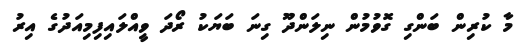
މާ ކުރިން ބަންގި ގޮވުމުން ނިލަންދޫ ގިނަ ބަޔަކު ރޯދަ ވީއްލައިފިމިއަދުގެ އިރު